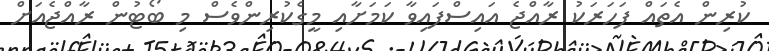
ކުރިން އެތައް ފަހަރަކު ރާއްޖެ އައިސްފައިވާ ކަމަށާއި މީގެކުރިންވެސް މި ބޯޓުން ރާއްޖެއަށް